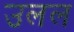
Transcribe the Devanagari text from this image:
उलल